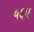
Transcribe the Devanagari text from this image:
५६ए